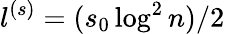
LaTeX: l^{(s)}=(s_{0}\log^{2}n)/2